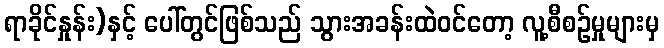
ရာခိုင်နှုန်း)နှင့် ပေါ်တွင်ဖြစ်သည် သွားအခန်းထဲဝင်တော့ လူ့စီစဉ်မှုများမှ